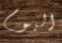
اليوم